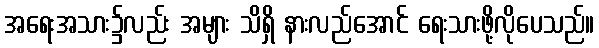
အရေးအသား၌လည်း အများ သိရှိ နားလည်အောင် ရေးသားဖို့လိုပေသည်။